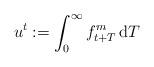
LaTeX: \begin{align*}u^t := \int_0^{\infty} f^m_{t+T} \, \textrm{d}T\end{align*}